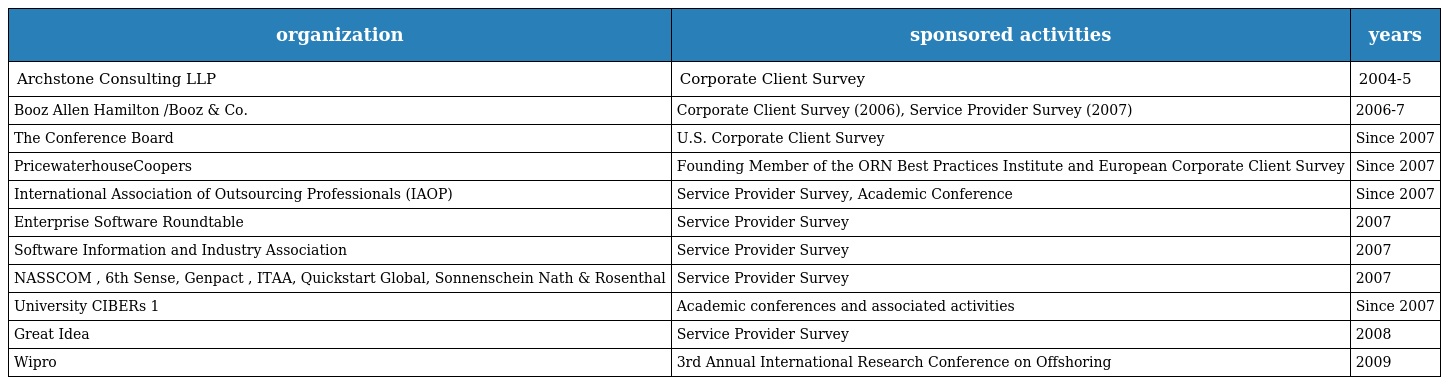
| organization | sponsored activities | years |
 | --- | --- | --- |
 | Archstone Consulting LLP | Corporate Client Survey | 2004-5 |
 | Booz Allen Hamilton /Booz & Co. | Corporate Client Survey (2006), Service Provider Survey (2007) | 2006-7 |
 | The Conference Board | U.S. Corporate Client Survey | Since 2007 |
 | PricewaterhouseCoopers | Founding Member of the ORN Best Practices Institute and European Corporate Client Survey | Since 2007 |
 | International Association of Outsourcing Professionals (IAOP) | Service Provider Survey, Academic Conference | Since 2007 |
 | Enterprise Software Roundtable | Service Provider Survey | 2007 |
 | Software Information and Industry Association | Service Provider Survey | 2007 |
 | NASSCOM , 6th Sense, Genpact , ITAA, Quickstart Global, Sonnenschein Nath & Rosenthal | Service Provider Survey | 2007 |
 | University CIBERs 1 | Academic conferences and associated activities | Since 2007 |
 | Great Idea | Service Provider Survey | 2008 |
 | Wipro | 3rd Annual International Research Conference on Offshoring | 2009 |